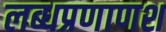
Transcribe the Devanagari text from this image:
लब्धप्रणाणश